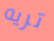
تريه